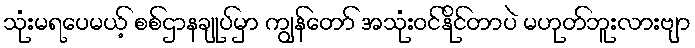
သုံးမရပေမယ့် စစ်ဌာနချုပ်မှာ ကျွန်တော် အသုံးဝင်နိုင်တာပဲ မဟုတ်ဘူးလားဗျာ